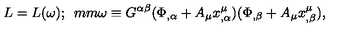
L = L ( \omega ) ; \hspace * { 5 m m } \omega \equiv G ^ { \alpha \beta } ( \Phi _ { , \alpha } + A _ { \mu } x _ { , \alpha } ^ { \mu } ) ( \Phi _ { , \beta } + A _ { \mu } x _ { , \beta } ^ { \mu } ) ,